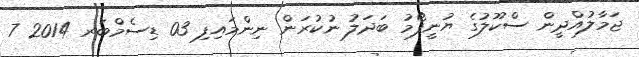
ޖަމާލުއްދީން ސްކޫލުގެ ޔުނީފޯމު ބަދަލު ނުކުރަން ނިންމައިފި 03 ޑިސެމްބަރ 2014 7